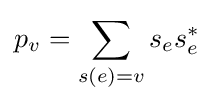
p_{v}=\sum _{s(e)=v}s_{e}s_{e}^{*}